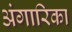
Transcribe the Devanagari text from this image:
अंगारिका